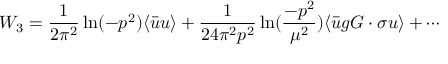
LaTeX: W _ { 3 } = { \frac { 1 } { 2 \pi ^ { 2 } } } \ln ( - p ^ { 2 } ) \langle \bar { u } u \rangle + { \frac { 1 } { 2 4 \pi ^ { 2 } p ^ { 2 } } } \ln ( { \frac { - p ^ { 2 } } { \mu ^ { 2 } } } ) \langle \bar { u } g G \cdot \sigma u \rangle + \cdots